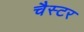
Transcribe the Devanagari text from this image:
चैस्टर